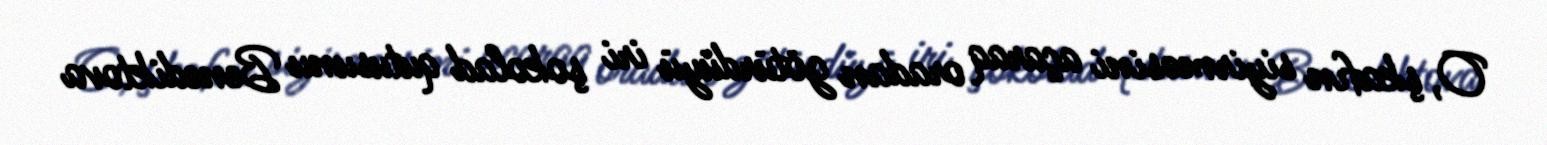
O, şkafın siyirməsini açaraq oradan götürdüyü iri şokolad qutusunu Benediktova